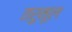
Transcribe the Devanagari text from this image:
तरुमूल